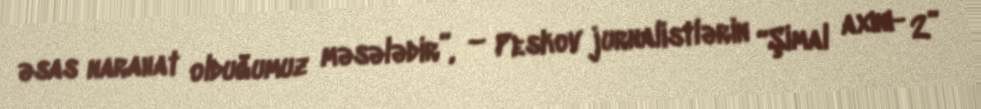
əsas narahat olduğumuz məsələdir”, – Peskov jurnalistlərin “Şimal axını- 2”